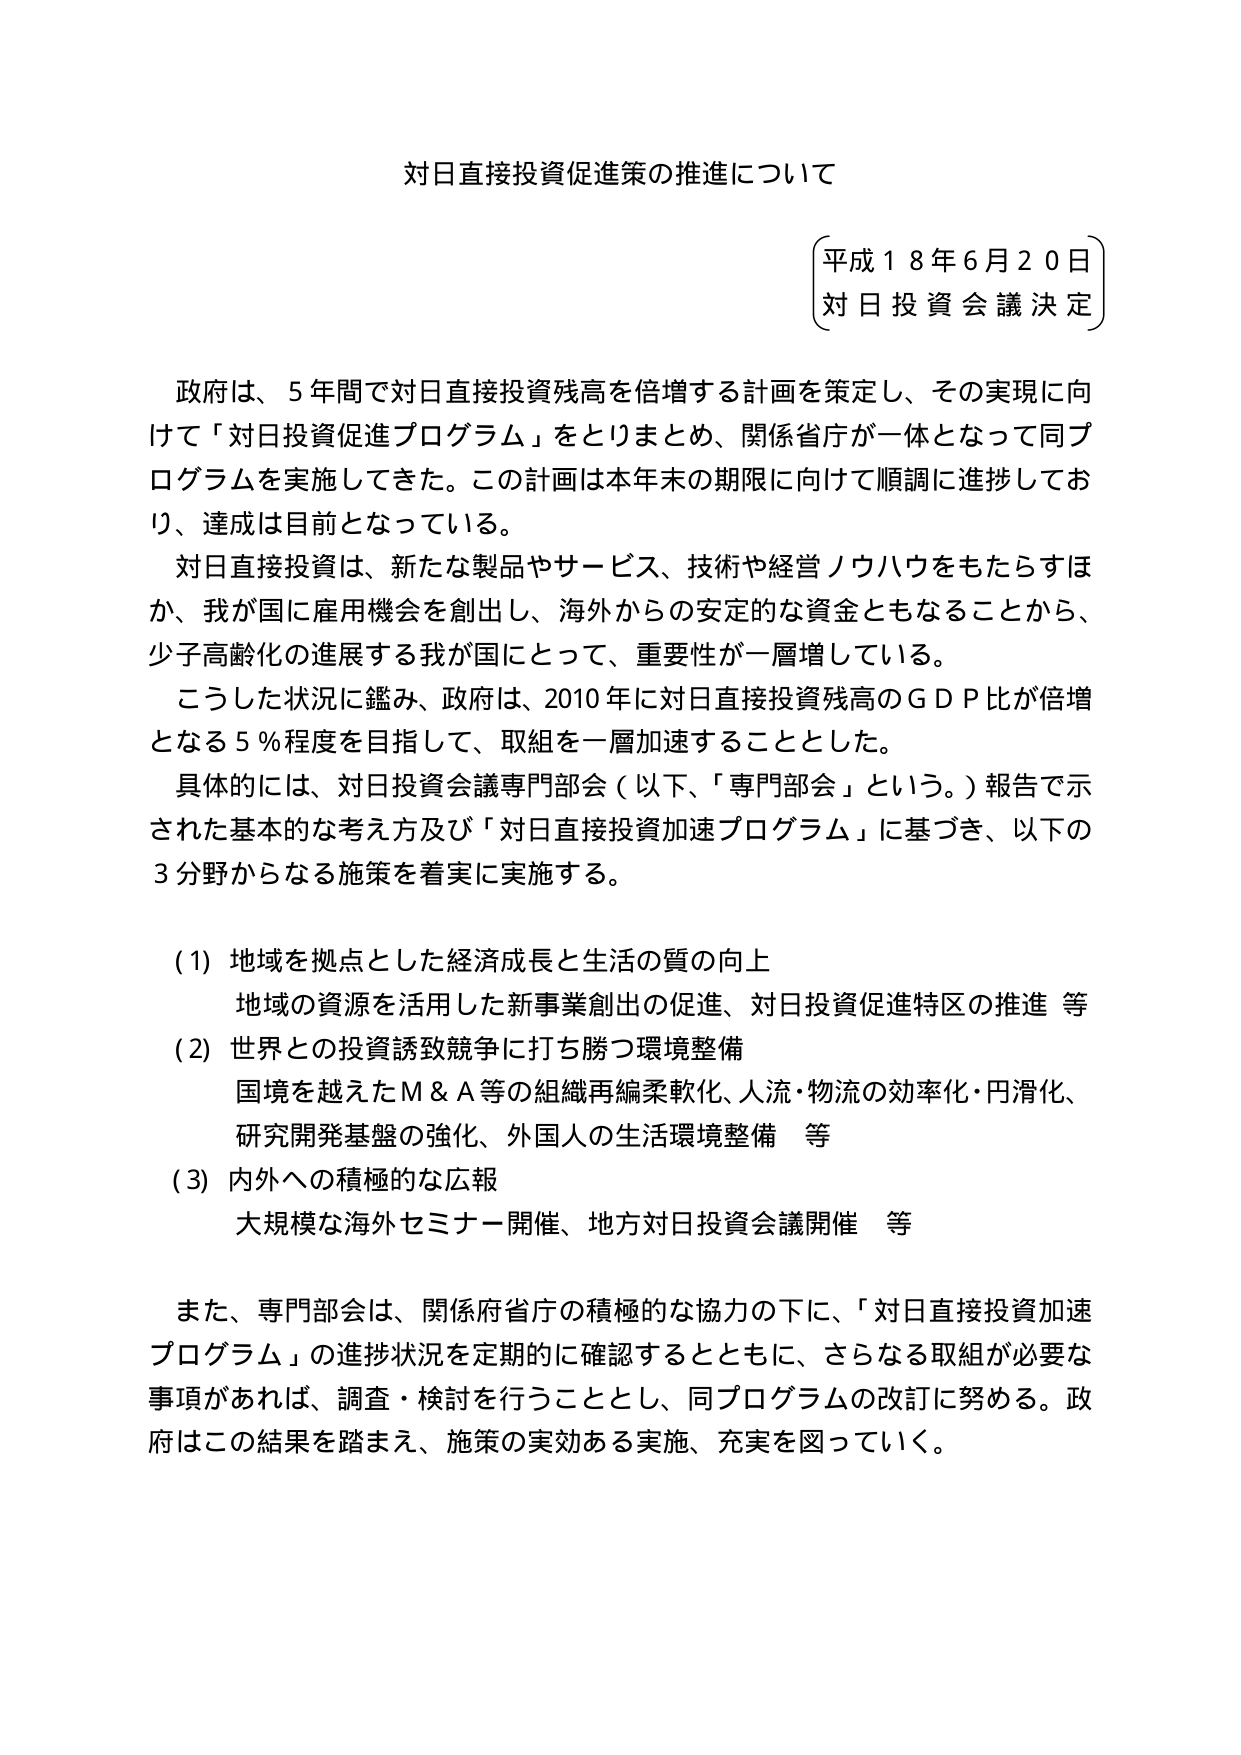
対日直接投資促進策の推進について

（平成１８年６月２０日）
対日投資会議決定

政府は、５年間で対日直接投資残高を倍増する計画を策定し、その実現に向けて「対日投資促進プログラム」をとりまとめ、関係省庁が一体となって同プログラムを実施してきた。この計画は本年末の期限に向けて順調に進捗しており、達成は目前となっている。

対日直接投資は、新たな製品やサービス、技術や経営ノウハウをもたらすほか、我が国に雇用機会を創出し、海外からの安定的な資金ともなることから、少子高齢化の進展する我が国にとって、重要性が一層増している。

こうした状況に鑑み、政府は、2010年に対日直接投資残高のＧＤＰ比が倍増となる５％程度を目指して、取組を一層加速することとした。

具体的には、対日投資会議専門部会（以下、「専門部会」という。）報告で示された基本的な考え方及び「対日直接投資加速プログラム」に基づき、以下の３分野からなる施策を着実に実施する。

（1）地域を拠点とした経済成長と生活の質の向上
　　地域の資源を活用した新事業創出の促進、対日投資促進特区の推進　等

（2）世界との投資誘致競争に打ち勝つ環境整備
　　国境を越えたＭ＆Ａ等の組織再編柔軟化、人流・物流の効率化・円滑化、
　　研究開発基盤の強化、外国人の生活環境整備　等

（3）内外への積極的な広報
　　大規模な海外セミナー開催、地方対日投資会議開催　等

また、専門部会は、関係府省庁の積極的な協力の下に、「対日直接投資加速プログラム」の進捗状況を定期的に確認するとともに、さらなる取組が必要な事項があれば、調査・検討を行うこととし、同プログラムの改訂に努める。政府はこの結果を踏まえ、施策の実効ある実施、充実を図っていく。